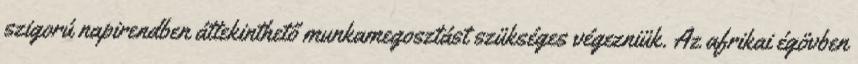
szigorú napirendben áttekinthető munkamegosztást szükséges végezniük. Az afrikai égövben